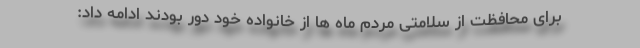
برای محافظت از سلامتی مردم ماه ها از خانواده خود دور بودند ادامه داد: